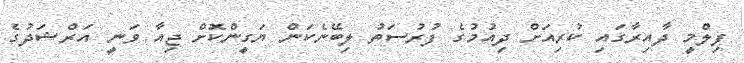
ފިލްމީ ދާއިރާގައި ކުރިއަށް ދިއުމުގެ ފުރުސަތު ލިބޭނެކަން ޔަގީންކޮށް ޖިއާ ވަނީ އަރްޝަދުގެ